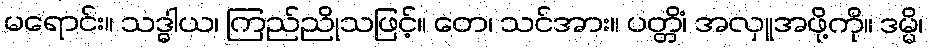
မရောင်း။ သဒ္ဓါယ၊ ကြည်ညိုသဖြင့်။ တေ၊ သင်အား။ ပတ္တိံ၊ အလှူအဖို့ကို။ ဒမ္မိ၊